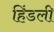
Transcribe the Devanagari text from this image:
हिंडली